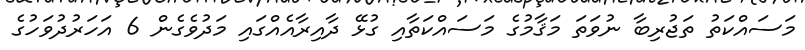
މަސައްކަތު ތަޖުރިބާ ނުވަތަ މަޤާމުގެ މަސައްކަތާއި ގުޅޭ ދާއިރާއެއްގައި މަދުވެގެން 6 އަހަރުދުވަހުގެ